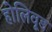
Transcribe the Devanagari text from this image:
होलिवूड